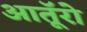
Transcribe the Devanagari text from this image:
आतूॅरो